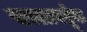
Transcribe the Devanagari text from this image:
सरलापर्वूक